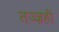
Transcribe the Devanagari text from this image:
तज्ज्ञही